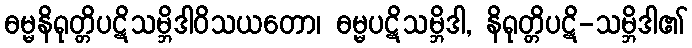
ဓမ္မနိရုတ္တိပဋိသမ္ဘိဒါဝိသယတော၊ ဓမ္မပဋိသမ္ဘိဒါ, နိရုတ္တိပဋိ-သမ္ဘိဒါ၏